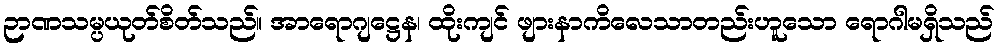
ဉာဏသမ္ပယုတ်စိတ်သည်။ အာရောဂျဋ္ဌေန၊ ထိုးကျင် ဖျားနာကိလေသာတည်းဟူသော ရောဂါမရှိသည်